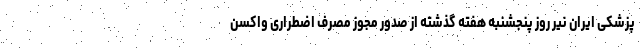
پزشکی ایران نیر روز پنجشنبه هفته گذشته از صدور مجوز مصرف اضطراری واکسن